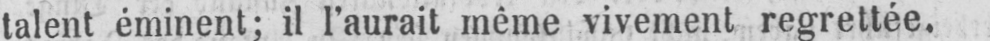
talent éminent; il l’aurait même vivement regrettée.